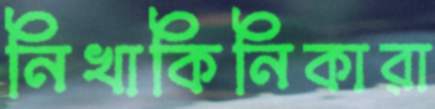
নিখাকিনিকারা